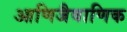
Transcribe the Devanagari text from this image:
आणिजैवाणिक